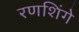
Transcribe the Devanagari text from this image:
रणशिंगे